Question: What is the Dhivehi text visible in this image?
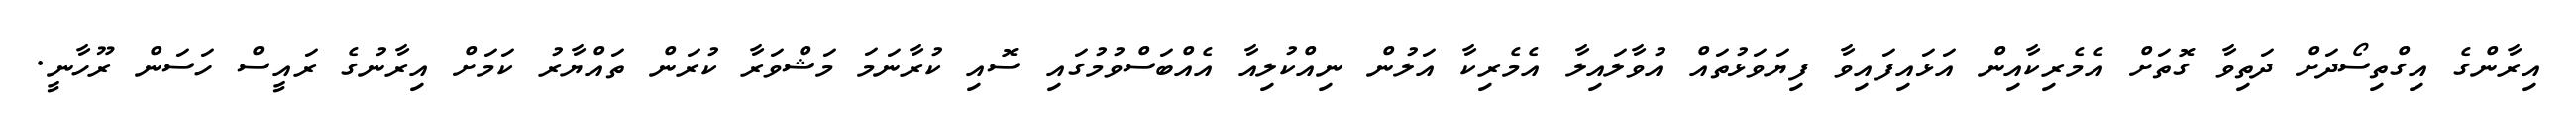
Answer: އިރާންގެ އިގްތިސޯދަށް ދަތިވާ ގޮތަށް އެމެރިކާއިން އަޅައިފައިވާ ފިޔަވަޅުތައް އުވާލައިލާ އެމެރިކާ އަލުން ނިއްކުލިއާ އެއްބަސްވުމުގައި ސޮއި ކުރާނަމަ މަޝްވަރާ ކުރަން ތައްޔާރު ކަމަށް އިރާނުގެ ރައީސް ހަސަން ރޫހާނީ.